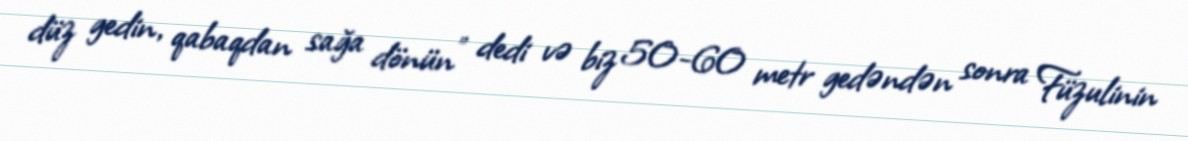
düz gedin, qabaqdan sağa dönün” dedi və biz 50-60 metr gedəndən sonra Füzulinin